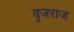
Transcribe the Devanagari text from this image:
वृजराज